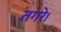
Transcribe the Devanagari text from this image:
तगरे।